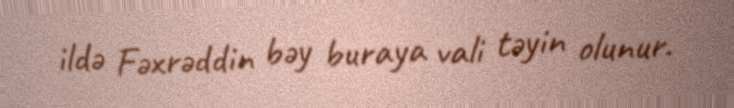
ildə Fəxrəddin bəy buraya vali təyin olunur.